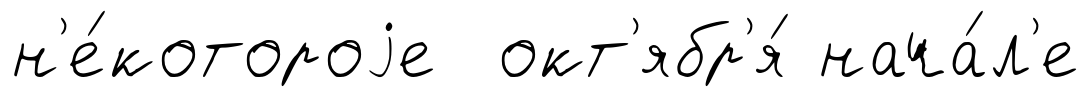
н'е́котороjе окт'ябр'я́ нача́л'е